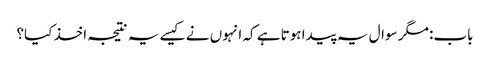
باب: مگر سوال یہ پیدا ہوتا ہے کہ انہوں نے کیسے یہ نتیجہ اخذ کیا؟